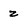
Character: z